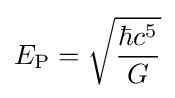
E_{\text{P}}={\sqrt {\frac {\hbar c^{5}}{G}}}